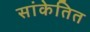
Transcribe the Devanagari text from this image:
सांकेतित